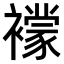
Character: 𧞑